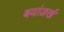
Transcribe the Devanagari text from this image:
बयांज़र्ख